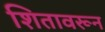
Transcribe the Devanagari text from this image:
शितावरून